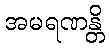
အမရဏန္တိ